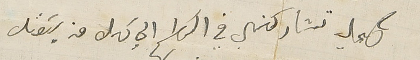
كحيل تشاركني في السَلام الي كل من يسَقل